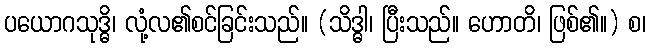
ပယောဂသုဒ္ဓိ၊ လုံ့လ၏စင်ခြင်းသည်။ (သိဒ္ဓါ၊ ပြီးသည်။ ဟောတိ၊ ဖြစ်၏။) စ၊